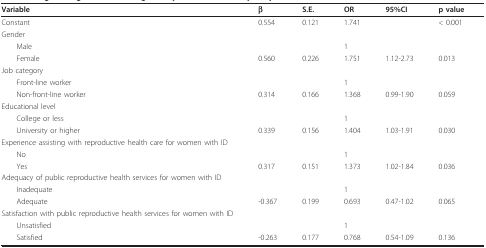
<table><thead><tr><td><b>Variable</b></td><td><b>β</b></td><td><b>S.E.</b></td><td><b>OR</b></td><td><b>95%CI</b></td><td><b>p value</b></td></tr></thead><tbody><tr><td>Constant</td><td>0.554</td><td>0.121</td><td>1.741</td><td></td><td>&lt; 0.001</td></tr><tr><td>Gender</td><td></td><td></td><td></td><td></td><td></td></tr><tr><td> Male</td><td></td><td></td><td>1</td><td></td><td></td></tr><tr><td> Female</td><td>0.560</td><td>0.226</td><td>1.751</td><td>1.12-2.73</td><td>0.013</td></tr><tr><td>Job category</td><td></td><td></td><td></td><td></td><td></td></tr><tr><td> Front-line worker</td><td></td><td></td><td>1</td><td></td><td></td></tr><tr><td> Non-front-line worker</td><td>0.314</td><td>0.166</td><td>1.368</td><td>0.99-1.90</td><td>0.059</td></tr><tr><td>Educational level</td><td></td><td></td><td></td><td></td><td></td></tr><tr><td> College or less</td><td></td><td></td><td>1</td><td></td><td></td></tr><tr><td> University or higher</td><td>0.339</td><td>0.156</td><td>1.404</td><td>1.03-1.91</td><td>0.030</td></tr><tr><td>Experience assisting with reproductive health care for women with ID</td><td></td><td></td><td></td><td></td><td></td></tr><tr><td> No</td><td></td><td></td><td>1</td><td></td><td></td></tr><tr><td> Yes</td><td>0.317</td><td>0.151</td><td>1.373</td><td>1.02-1.84</td><td>0.036</td></tr><tr><td>Adequacy of public reproductive health services for women with ID</td><td></td><td></td><td></td><td></td><td></td></tr><tr><td> Inadequate</td><td></td><td></td><td>1</td><td></td><td></td></tr><tr><td> Adequate</td><td>-0.367</td><td>0.199</td><td>0.693</td><td>0.47-1.02</td><td>0.065</td></tr><tr><td>Satisfaction with public reproductive health services for women with ID</td><td></td><td></td><td></td><td></td><td></td></tr><tr><td> Unsatisfied</td><td></td><td></td><td>1</td><td></td><td></td></tr><tr><td> Satisfied</td><td>-0.263</td><td>0.177</td><td>0.768</td><td>0.54-1.09</td><td>0.136</td></tr></tbody></table>